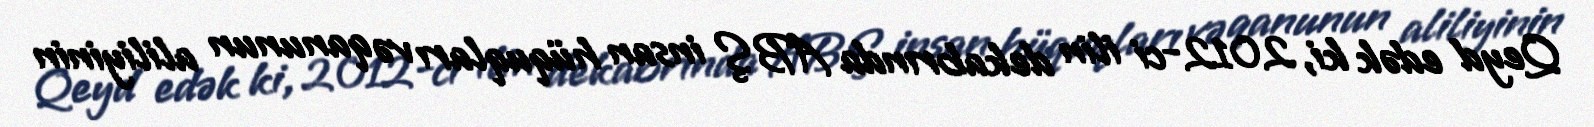
Qeyd edək ki, 2012-ci ilin dekabrında ABŞ insan hüquqları və qanunun aliliyinin